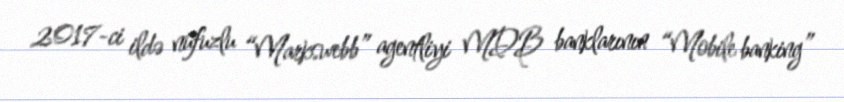
2017-ci ildə nüfuzlu “Markswebb” agentliyi MDB banklarının “Mobile banking”